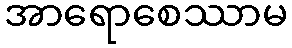
အာရောစေဿာမ